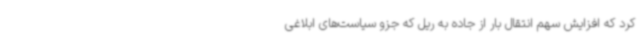
کرد که افزایش سهم انتقال بار از جاده به ریل که جزو سیاست‌های ابلاغی